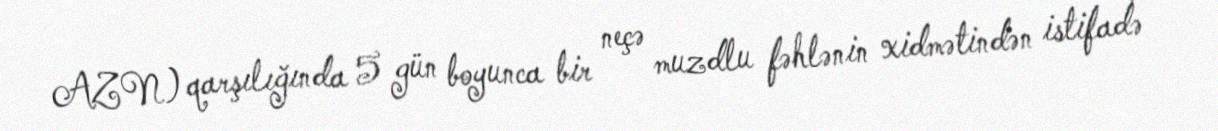
AZN) qarşılığında 5 gün boyunca bir neçə muzdlu fəhlənin xidmətindən istifadə